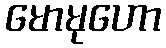
မောမုဟော